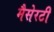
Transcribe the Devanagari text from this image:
मैसेरटी